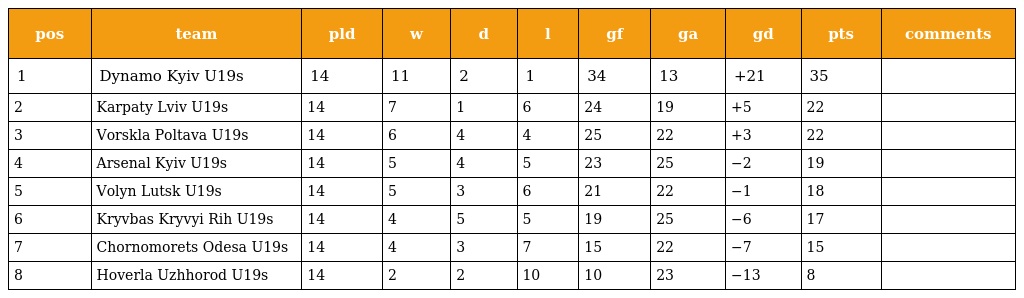
| pos | team | pld | w | d | l | gf | ga | gd | pts | comments |
 | --- | --- | --- | --- | --- | --- | --- | --- | --- | --- | --- |
 | 1 | Dynamo Kyiv U19s | 14 | 11 | 2 | 1 | 34 | 13 | +21 | 35 |  |
 | 2 | Karpaty Lviv U19s | 14 | 7 | 1 | 6 | 24 | 19 | +5 | 22 |  |
 | 3 | Vorskla Poltava U19s | 14 | 6 | 4 | 4 | 25 | 22 | +3 | 22 |  |
 | 4 | Arsenal Kyiv U19s | 14 | 5 | 4 | 5 | 23 | 25 | −2 | 19 |  |
 | 5 | Volyn Lutsk U19s | 14 | 5 | 3 | 6 | 21 | 22 | −1 | 18 |  |
 | 6 | Kryvbas Kryvyi Rih U19s | 14 | 4 | 5 | 5 | 19 | 25 | −6 | 17 |  |
 | 7 | Chornomorets Odesa U19s | 14 | 4 | 3 | 7 | 15 | 22 | −7 | 15 |  |
 | 8 | Hoverla Uzhhorod U19s | 14 | 2 | 2 | 10 | 10 | 23 | −13 | 8 |  |